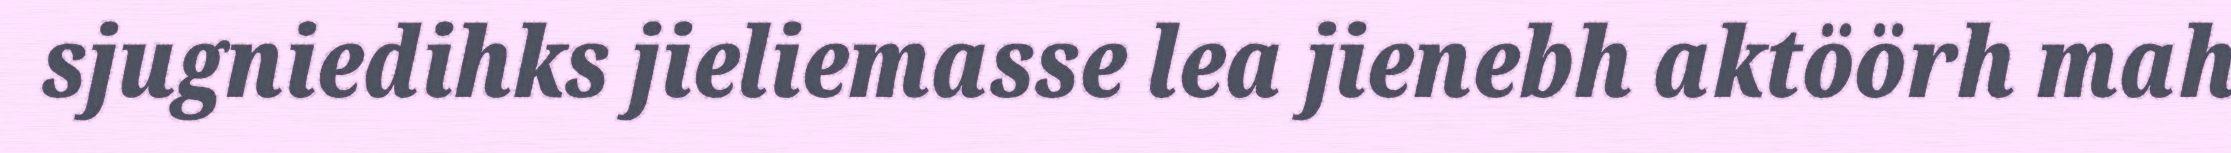
sjugniedihks jieliemasse lea jienebh aktöörh mah